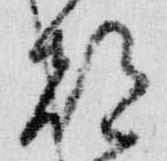
都